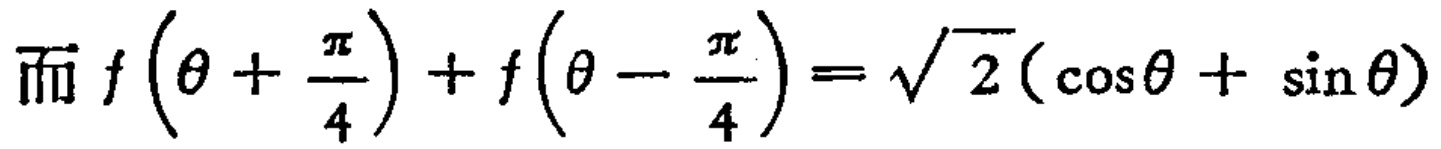
而 \(f\left(\theta + \frac{\pi}{4}\right)+f\left(\theta - \frac{\pi}{4}\right)=\sqrt{2}(\cos\theta + \sin\theta)\)